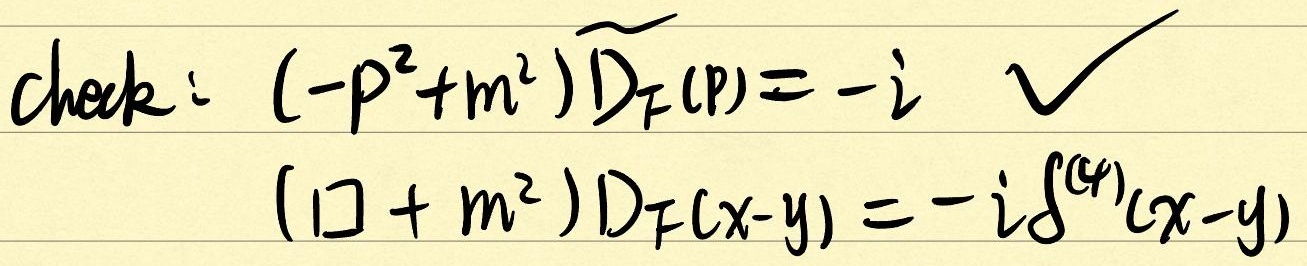
\[
\begin{align*}
\text{check: }&(-p^{2}+m^{2})\widetilde{D_{F}(p)}=-i \quad\checkmark\\
&(\square + m^{2})D_{F}(x - y)=-i\delta^{(4)}(x - y)
\end{align*}
\]